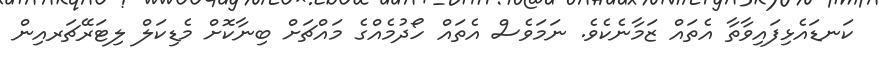
ކަނޑައެޅިފައިވާތާ އެތައް ޒަމާނެކެވެ. ނަމަވެސް އެތައް ހޯދުމެއްގެ މައްޗަށް ބިނާކޮށް މެޑިކަލް ލިޓަރޭޗަރއިން